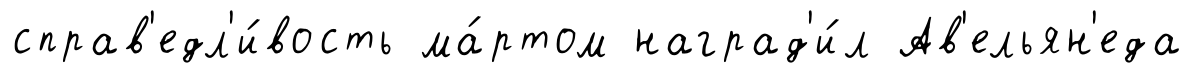
справ'едл'и́вость ма́ртом наград'и́л Ав'ельян'еда